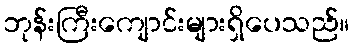
ဘုန်းကြီးကျောင်းများရှိပေသည်။